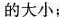
的大小；